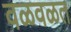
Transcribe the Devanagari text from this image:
वळवळत